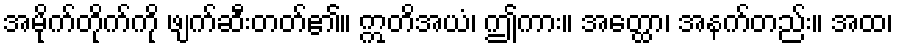
အမိုက်တိုက်ကို ဖျက်ဆီးတတ်၏။ ဣတိအယံ၊ ဤကား။ အတ္ထော၊ အနက်တည်း။ အထ၊